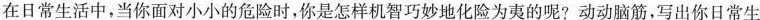
在日常生活中，当你面对小小的危险时，你是怎样机智巧妙地化险为夷的呢?动动脑筋，写出你日常生